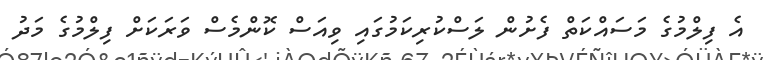
އެ ފިލްމުގެ މަސައްކަތް ފެށުން ލަސްކުރިކަމުގައި ވިއަސް ކޮންމެސް ވަރަކަށް ފިލްމުގެ މަދު